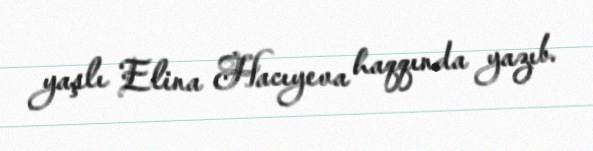
yaşlı Elina Hacıyeva haqqında yazıb.